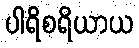
ပါရိစရိယာယ